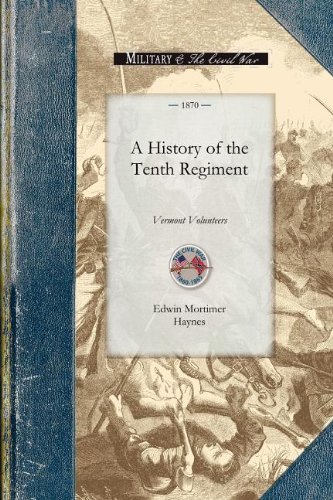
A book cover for History of the Tenth Regiment, Vermont: With Biographical Sketches of the Officers Who Fell in Battle. And a Complete Roster of All the Officers and ... Existence of the Regiment (Civil War); Edwin Haynes; Travel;